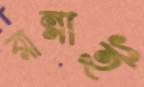
রান্নাই